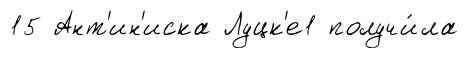
15 Ант'ин'иска Луцк'е1 получи́ла